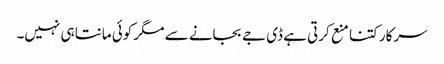
سرکار کتنا منع کرتی ہے ڈی جے بجانے سے مگر کوئی مانتا ہی نہیں۔